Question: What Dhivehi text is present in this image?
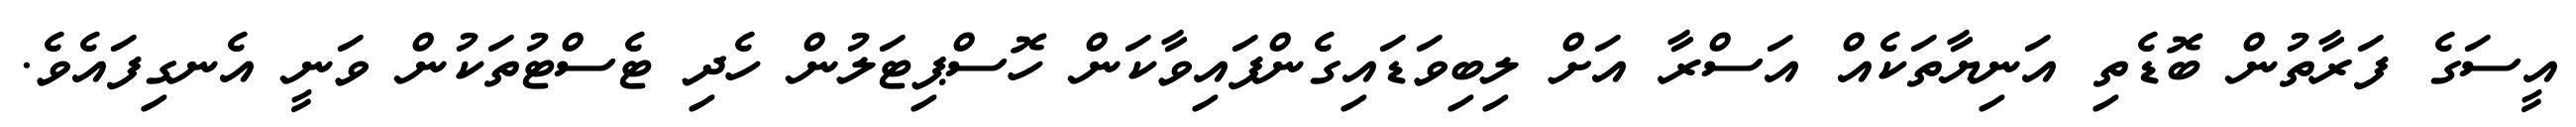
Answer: އީސަގެ ފަރާތުން ބޮޑެތި އަނިޔާތަކެއް އަސްރާ އަށް ލިބިވަޑައިގެންފައިވާކަން ހޮސްޕިޓަލުން ހެދި ޓެސްޓުތަކުން ވަނީ އެނގިފައެވެ.